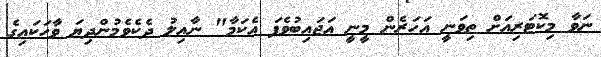
ނަވާ މިކޮޓަރިއަށް ތިވަނީ އަހަރެން މީނީ އަޖައިބުވެފަ އެކަމާ" ނާއިލު ދެކެވެމުންދިޔަ ވާހަކައިގެ